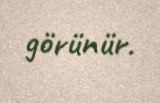
görünür.